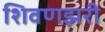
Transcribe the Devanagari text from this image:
शिवणझरी